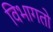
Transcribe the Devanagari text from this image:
विभागतो